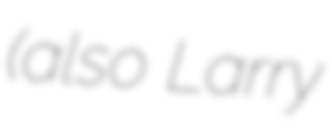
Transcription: (also Larry